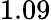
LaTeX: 1.09